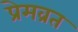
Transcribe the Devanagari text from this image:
प्रेमव्रत